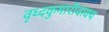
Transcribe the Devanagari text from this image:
वृध्दकुमारीवाक्य